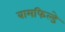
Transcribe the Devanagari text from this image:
बामफिल्डे